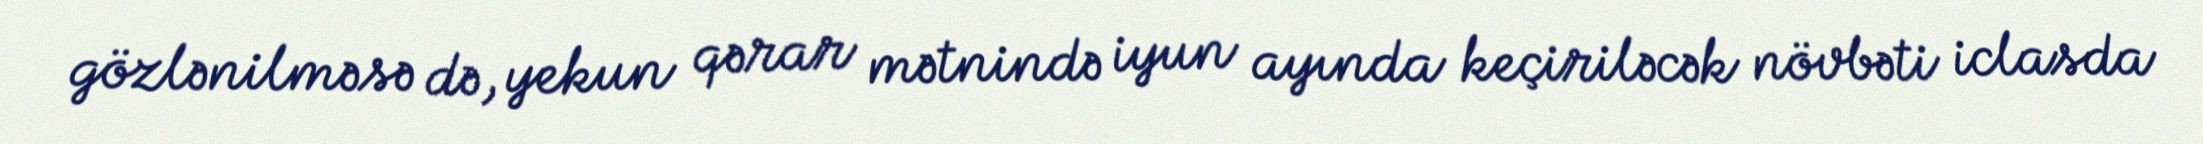
gözlənilməsə də, yekun qərar mətnində iyun ayında keçiriləcək növbəti iclasda